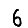
Digit: 6